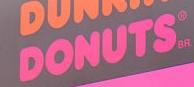
donuts